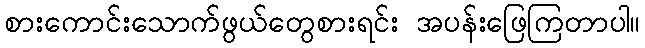
စားကောင်းသောက်ဖွယ်တွေစားရင်း အပန်းဖြေကြတာပါ။